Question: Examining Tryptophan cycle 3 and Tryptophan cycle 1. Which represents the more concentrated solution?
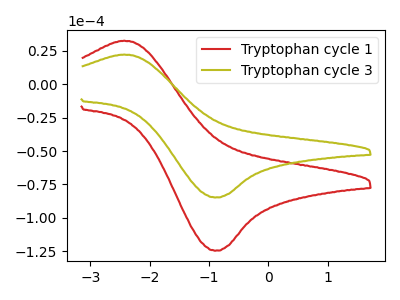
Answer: <think>The red curve "Tryptophan cycle 1" has an anodic peak at (-2.45V, 32.40uA) and a cathodic peak at (-0.90V, -124.45uA). The olive curve "Tryptophan cycle 3" has an anodic peak at (-2.45V, 22.05uA) and a cathodic peak at (-0.90V, -84.70uA).
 All the peaks in "Tryptophan cycle 3" have a peak in "Tryptophan cycle 1" at the same potential. Every peak in "Tryptophan cycle 3" is lower than every peak in "Tryptophan cycle 1".</think>
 <answer>"Tryptophan cycle 3" has less signal than "Tryptophan cycle 1" and so likely has a lower concentration.</answer>
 <eval>less_concentration</eval>